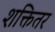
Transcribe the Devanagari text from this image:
शक्तितर